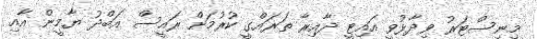
މިނިސްޓަރު ވިދާޅުވީ އައިޓީ ދާއިރާ ތަރައްގީ ކުރުމަށް ރައީސް އަބްދު ޔާމީން އާއި